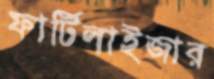
ফার্টিলাইজার